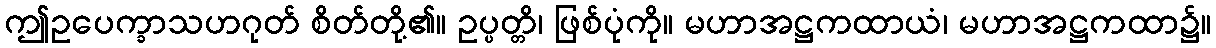
ဤဥပေက္ခာသဟဂုတ် စိတ်တို့၏။ ဥပ္ပတ္တိ၊ ဖြစ်ပုံကို။ မဟာအဋ္ဌကထာယံ၊ မဟာအဋ္ဌကထာ၌။